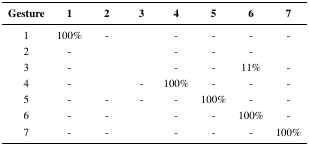
<table><thead><tr><td><b>Gesture</b></td><td><b>1</b></td><td><b>2</b></td><td><b>3</b></td><td><b>4</b></td><td><b>5</b></td><td><b>6</b></td><td><b>7</b></td></tr></thead><tbody><tr><td>1</td><td>100%</td><td>-</td><td>[EMPTY_CELL]</td><td>-</td><td>-</td><td>-</td><td>-</td></tr><tr><td>2</td><td>-</td><td>[EMPTY_CELL]</td><td>[EMPTY_CELL]</td><td>-</td><td>-</td><td>-</td><td>[EMPTY_CELL]</td></tr><tr><td>3</td><td>-</td><td>[EMPTY_CELL]</td><td>[EMPTY_CELL]</td><td>-</td><td>-</td><td>11%</td><td>-</td></tr><tr><td>4</td><td>-</td><td>[EMPTY_CELL]</td><td>-</td><td>100%</td><td>-</td><td>-</td><td>-</td></tr><tr><td>5</td><td>-</td><td>-</td><td>-</td><td>-</td><td>100%</td><td>-</td><td>-</td></tr><tr><td>6</td><td>-</td><td>-</td><td>[EMPTY_CELL]</td><td>-</td><td>-</td><td>100%</td><td>-</td></tr><tr><td>7</td><td>-</td><td>-</td><td>[EMPTY_CELL]</td><td>-</td><td>-</td><td>-</td><td>100%</td></tr></tbody></table>